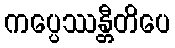
ကပ္ပေဿန္တီတိပေ